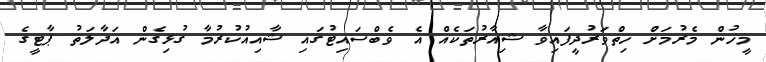
މީހުން މެރުމަށް ހިތްވަރުދީފައިވާ ޝިއާރުތަކެއް އެ ވެބްސައިޓުގައި ޝާއިއުކުރުމާ ގުޅިގެން އަދާލަތު ޕާޓީގެ